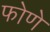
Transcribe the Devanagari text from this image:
फोणे